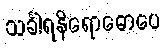
သင်္ခါရနိရောဓောပေ